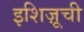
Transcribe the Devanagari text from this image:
इशिज़ूची